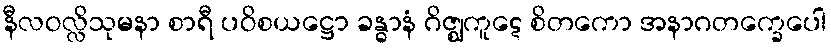
နီလဝလ္လိသုမနာ စာရီ ပဝိစယဋ္ဌော ခန္ဓာနံ ဂိဇ္ဈကူဋေ စိတကော အနာဂတက္ခေပေါ